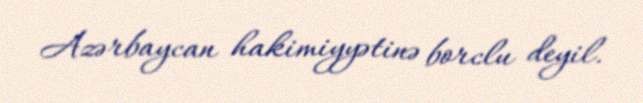
Azərbaycan hakimiyyətinə borclu deyil.